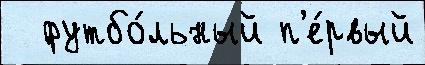
  футбо́льный п'е́рвый